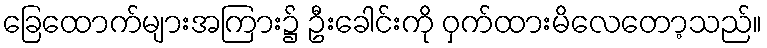
ခြေထောက်များအကြား၌ ဦးခေါင်းကို ဝှက်ထားမိလေတော့သည်။